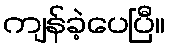
ကျန်ခဲ့ပေပြီ။